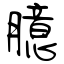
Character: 臆